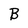
Character: B